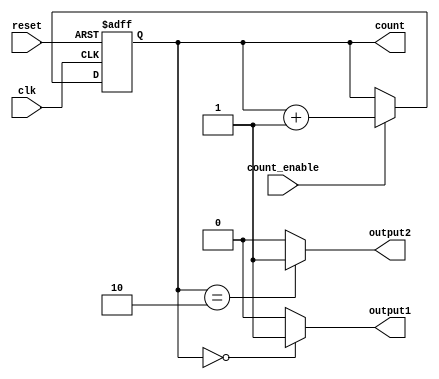
module SynchronousCounter (
    input wire clk,            // Clock input
    input wire reset,          // Asynchronous reset input
    input wire count_enable,   // Count enable input
    output reg [3:0] count,    // 4-bit counter register
    output reg output1,        // Output signal 1 based on count
    output reg output2         // Output signal 2 based on count
);

// Asynchronous reset and synchronous counting
always @(posedge clk or posedge reset) begin
    if (reset) begin
        count <= 4'b0000;      // Reset count to 0
    end else if (count_enable) begin
        count <= count + 1;    // Increment count
    end
end

// Output control logic based on the current count value
always @(*) begin
    // Default output values
    output1 = 1'b0;
    output2 = 1'b0;

    // Example control logic based on count value
    case (count)
        4'b0000: begin
            output1 = 1'b1;      // Activate output1 for count 0
        end
        4'b0010: begin
            output1 = 1'b0;      // Deactivate output1 for count 2
            output2 = 1'b1;      // Activate output2 for count 2
        end
        4'b0100: begin
            output2 = 1'b0;      // Deactivate output2 for count 4
        end
        // Add more cases as needed for specific count values
        default: begin
            output1 = 1'b0;      // Default to inactive
            output2 = 1'b0;      // Default to inactive
        end
    endcase
end

endmodule